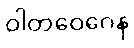
ဝါတဝေဂေန